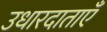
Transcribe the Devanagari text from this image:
उधारदाताएँ